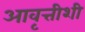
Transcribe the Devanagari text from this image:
आवृत्तीशी